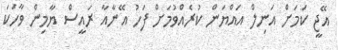
އޭޖީ ކަމަށް އަނިލް އައްޔަން ކުރެއްވުމަށް ފަހު އޭނާއާ ރައީސް ޔާމިން ވާހަކަ